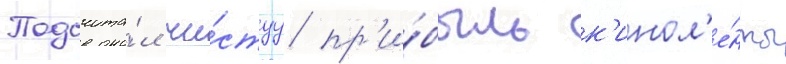
Подсчита́л чи́стуу пр'и́быль к'инол'е́нты